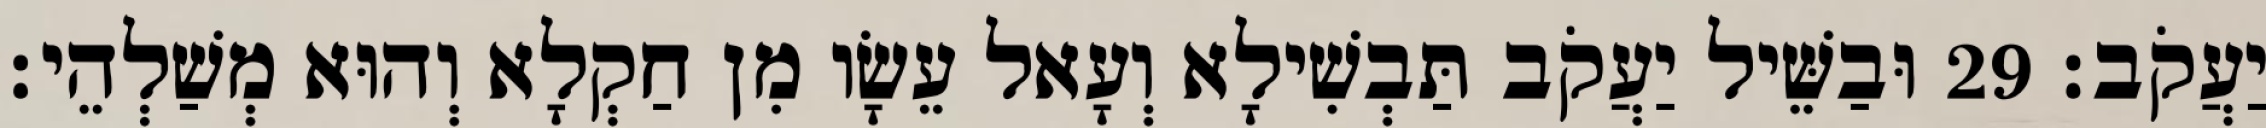
יַעֲקֹב׃ 29 וּבַשֵּׁיל יַעֲקֹב תַּבְשִׁילָא וְעָאל עֵשָׂו מִן חַקְלָא וְהוּא מְשַׁלְהֵי׃